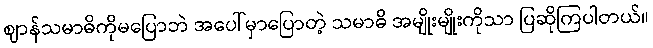
ဈာန်သမာဓိကိုမပြောဘဲ အပေါ်မှာပြောတဲ့ သမာဓိ အမျိုးမျိုးကိုသာ ပြဆိုကြပါတယ်။